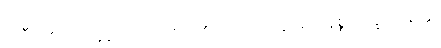
ဒုတီယစိတ်ကိုရှုသော တတိယ စိတ်သည်လည်း အနိစ္စ၊ ဒုက္ခ၊ အနတ္တ။